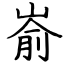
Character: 嵛